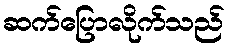
ဆက်ပြောလိုက်သည်